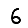
Digit: 6